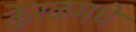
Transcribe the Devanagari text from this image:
केरळमधे